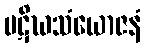
ပဋိဃသံယောဇနံ